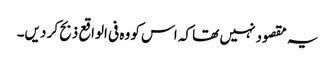
یہ مقصود نہیں تھا کہ اس کو وہ فی الواقع ذبح کر دیں۔